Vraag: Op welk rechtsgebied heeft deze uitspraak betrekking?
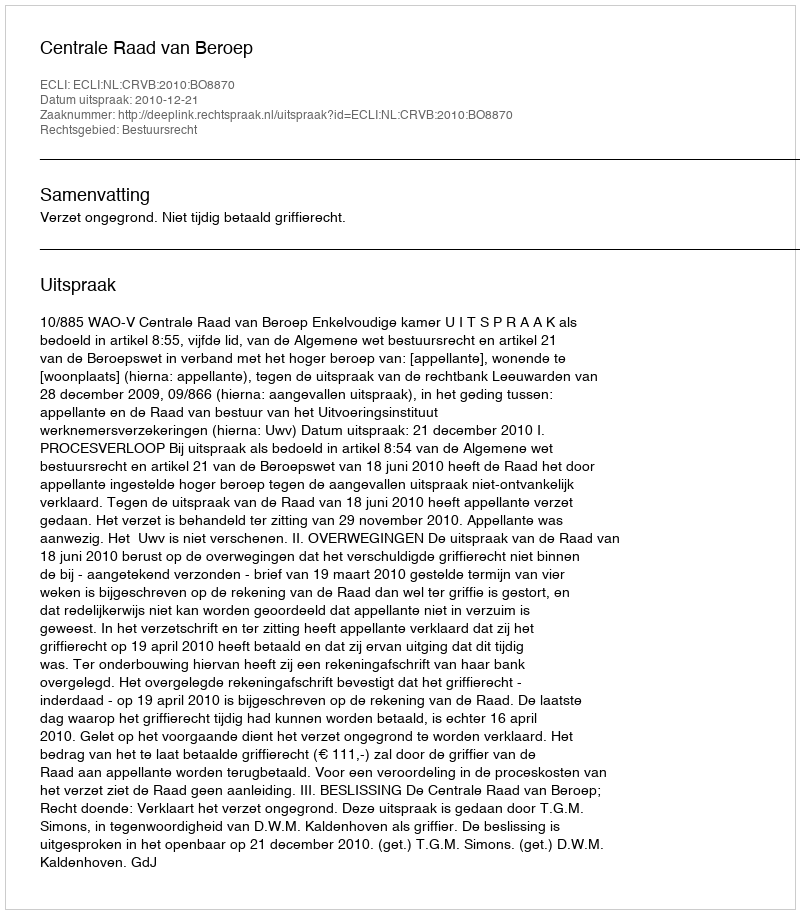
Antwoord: Bestuursrecht